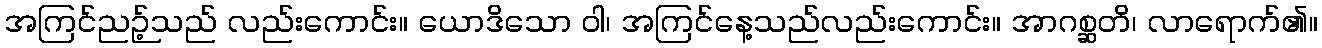
အကြင်ညဉ့်သည် လည်းကောင်း။ ယောဒိသော ဝါ၊ အကြင်နေ့သည်လည်းကောင်း။ အာဂစ္ဆတိ၊ လာရောက်၏။